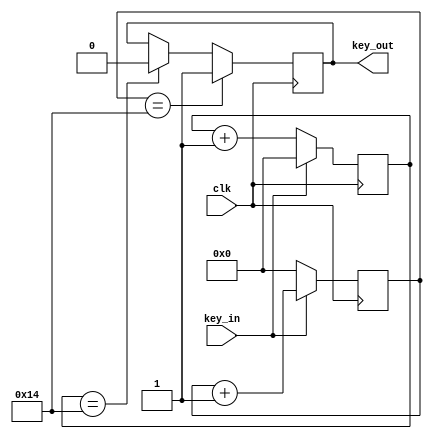
`timescale 1ns / 1ps
//////////////////////////////////////////////////////////////////////////////////
// Company: 
// Engineer: 
// 
// Design Name: 
// Module Name: test
// Project Name: 
// Target Devices: 
// Tool Versions: 
// Description: 
// 
// Dependencies: 
// 
// Revision:
// Revision 0.01 - File Created
// Additional Comments:
// 
//////////////////////////////////////////////////////////////////////////////////


module key_debounce(clk,key_in,key_out);
    parameter SAMPLE_TIME = 20;
    input clk;
    input key_in;
    output reg key_out;

    reg [21:0] count_low;
    reg [21:0] count_high;

    initial begin
        key_out <= 0;
    end


    always @(posedge clk)
        if(key_in ==1'b0)
            count_low <= count_low + 1;
        else
            count_low <= 0;

    always @(posedge clk)
        if(key_in ==1'b1)
            count_high <= count_high + 1;
        else
            count_high <= 0;

    always @(posedge clk)
        if(count_high == SAMPLE_TIME)
            key_out<= 1;
        else if(count_low == SAMPLE_TIME)
            key_out <= 0;


endmodule